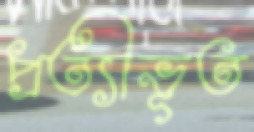
প্রত্যীভূত